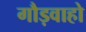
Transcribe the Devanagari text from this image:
गौड़वाहो